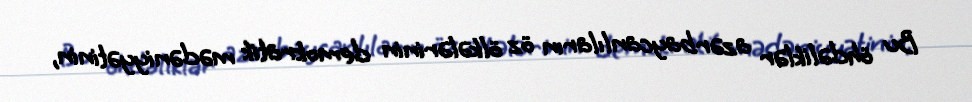
Bu öhdəliklər azərbaycanlıların öz ölkələrinin demokratik mədəniyyətinin,